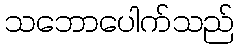
သဘောပေါက်သည်